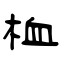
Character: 桖